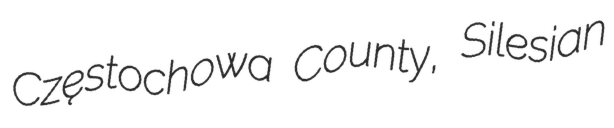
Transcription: Częstochowa County, Silesian